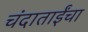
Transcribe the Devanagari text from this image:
चंदाताईंचा